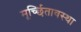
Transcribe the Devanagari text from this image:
मूर्च्छितावस्था